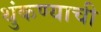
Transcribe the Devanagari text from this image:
थुंकण्याची